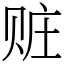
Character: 赃